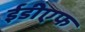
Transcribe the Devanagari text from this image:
ईडीएफ